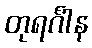
တုရင်္ဂါန